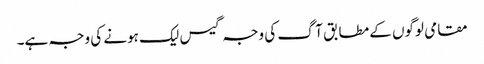
مقامی لوگوں کے مطابق آگ کی وجہ گیس لیک ہونے کی وجہ ہے۔